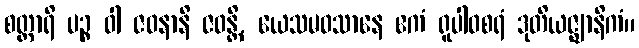
စတ္တာရိ ပဉ္စ ဝါ ဇဝနာနိ ဇဝန္တိ, ယေသမဝသာနေ ဧကံ ရူပါဝစရံ ဒုတိယဇ္ဈာနိကံ။